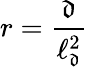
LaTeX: r=\frac{\mathfrak{d}}{\ell_{\mathfrak{d}}^{2}}